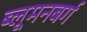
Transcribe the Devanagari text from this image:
ब्लूमनबर्ग